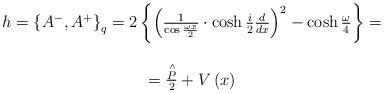
LaTeX: \begin{align*}\begin{array}{c}h=\left\{ A^{-},A^{+}\right\} _{q}=2\left\{ \left( \frac {1}{\cos\frac{\omega x}{2}}\cdot \cosh \frac {i}{2}\frac {d}{dx}\right) ^{2}-\cosh \frac {\omega}{4}\right\} = \\ \\=\frac{\stackrel{\wedge }{P}}{2}+V\left( x\right)\end{array}\end{align*}